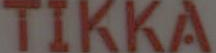
TIKKA